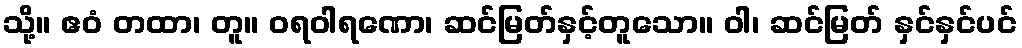
သို့။ ဧဝံ တထာ၊ တူ။ ဝရဝါရဏော၊ ဆင်မြတ်နှင့်တူသော။ ဝါ၊ ဆင်မြတ် နှင်နှင်ပင်